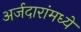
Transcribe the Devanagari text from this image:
अर्जदारांमध्ये